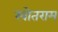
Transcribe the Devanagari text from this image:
खोतराम